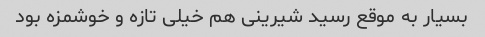
بسیار به موقع رسید شیرینی هم خیلی تازه و خوشمزه بود